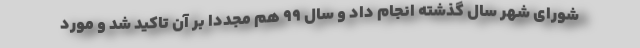
شورای شهر سال گذشته انجام داد و سال ۹۹ هم مجددا بر آن تاکید شد و مورد